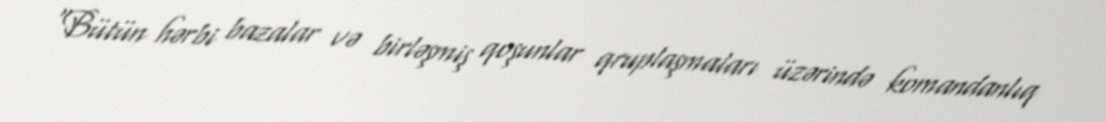
“Bütün hərbi bazalar və birləşmiş qoşunlar qruplaşmaları üzərində komandanlıq